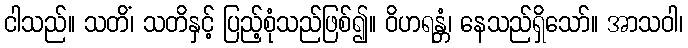
ငါသည်။ သတိံ၊ သတိနှင့် ပြည့်စုံသည်ဖြစ်၍။ ဝိဟရန္တံ၊ နေသည်ရှိသော်။ အာသဝါ၊